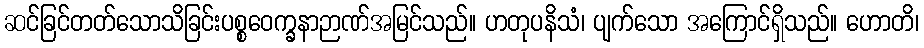
ဆင်ခြင်တတ်သောသိခြင်းပစ္စဝေက္ခနာဉာဏ်အမြင်သည်။ ဟတုပနိသံ၊ ပျက်သော အကြောင်ရှိသည်။ ဟောတိ၊